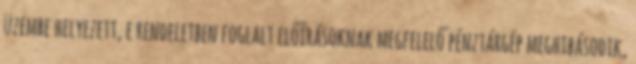
üzembe helyezett, e rendeletben foglalt előírásoknak megfelelő pénztárgép meghibásodik,